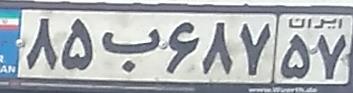
۸۵ب۶۸۷۵۷